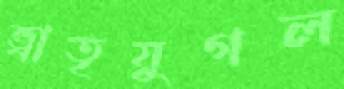
ভ্রাতৃযুগল